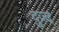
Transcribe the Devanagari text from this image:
दुज़्द